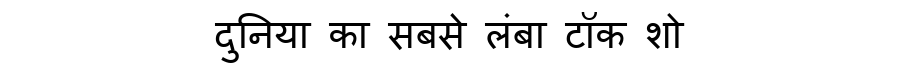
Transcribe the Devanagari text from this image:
दुनिया का सबसे लंबा टॉक शो